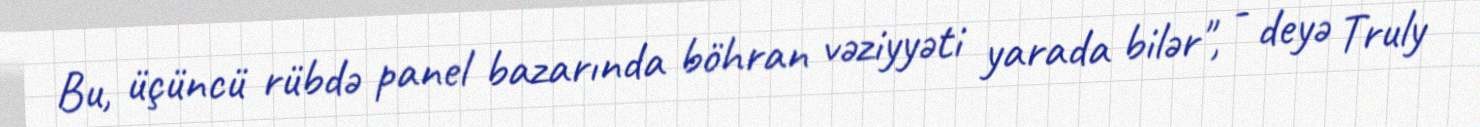
Bu, üçüncü rübdə panel bazarında böhran vəziyyəti yarada bilər", - deyə Truly